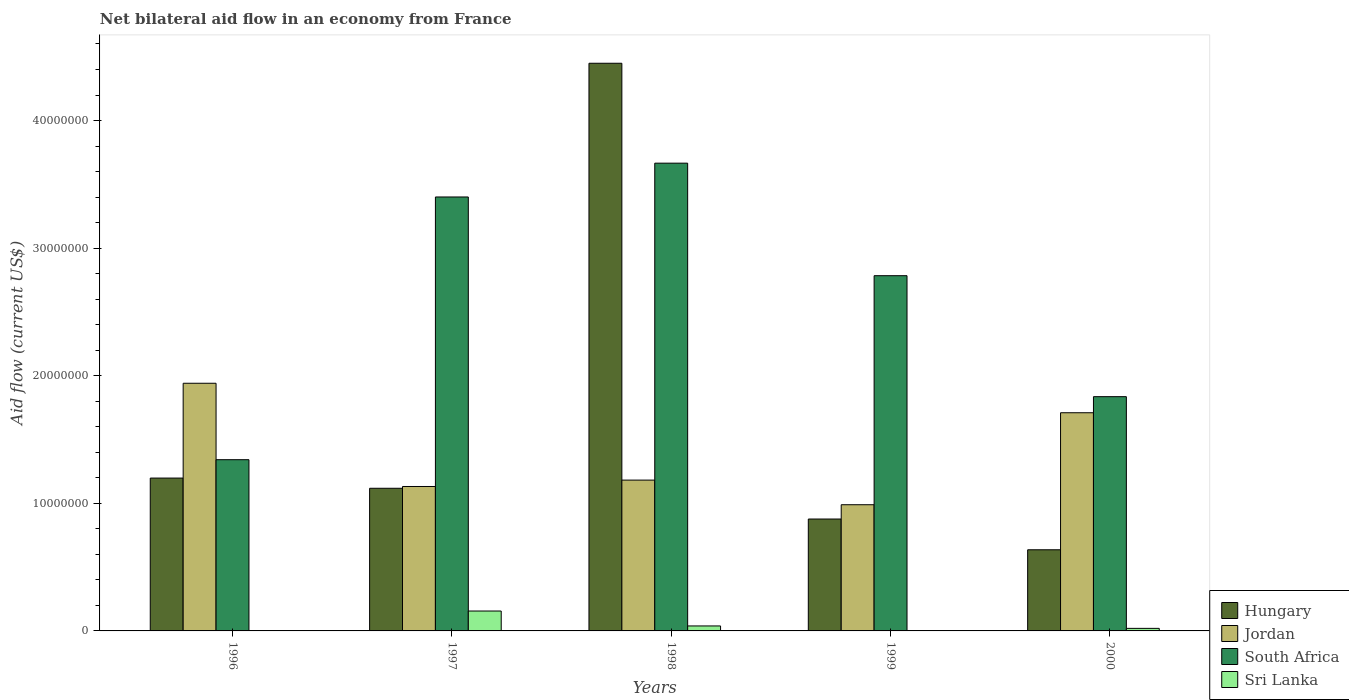
| Years | Hungary | Jordan | South Africa | Sri Lanka |
 | --- | --- | --- | --- | --- |
 | 1996 | 1.2e+07 | 1.94e+07 | 1.34e+07 | -1.58e+06 |
 | 1997 | 1.12e+07 | 1.13e+07 | 3.4e+07 | 1.56e+06 |
 | 1998 | 4.45e+07 | 1.18e+07 | 3.67e+07 | 3.9e+05 |
 | 1999 | 8.77e+06 | 9.89e+06 | 2.78e+07 | -7.3e+05 |
 | 2000 | 6.36e+06 | 1.71e+07 | 1.84e+07 | 2e+05 |